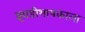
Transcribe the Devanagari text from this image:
झाडीभाषकाला